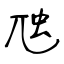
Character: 虺